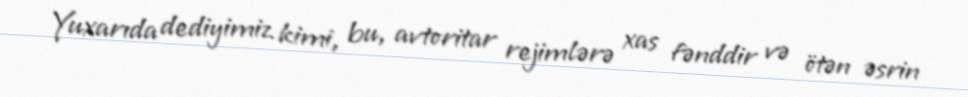
Yuxarıda dediyimiz kimi, bu, avtoritar rejimlərə xas fənddir və ötən əsrin